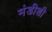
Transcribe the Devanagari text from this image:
मंडीशी